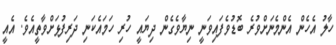
ހާލު އެހެން އެންމެނަށްވުރެ ބޮޑުވެފައިވަނީ ނިޔާވެގެން ދިޔައީ ހުރި ހަމައެކަނި ދަރިފުޅަށްވާތީއެވެ. އެއީ